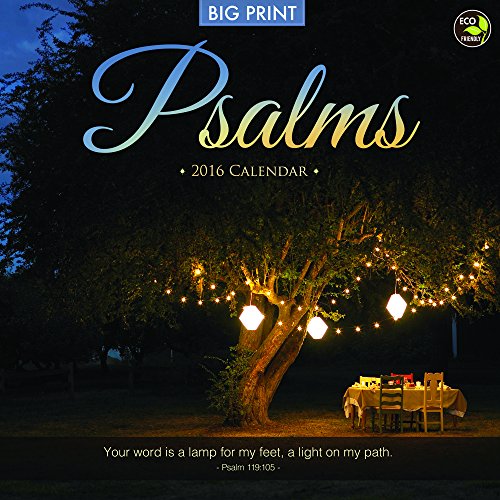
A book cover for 2016 Psalms Wall Calendar; TF Publishing; Calendars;